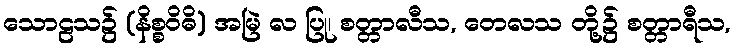
သောဠသ၌ (နိစ္စဝိဓိ) အမြဲ လ ပြု၊ စတ္တာလီသ, တေလသ တို့၌ စတ္တာရီသ,